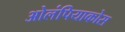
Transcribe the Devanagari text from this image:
ओलंपियाकोस